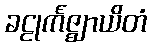
ခဠုင်္ကဇ္ဈာယိတံ